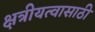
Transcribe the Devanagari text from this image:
क्षत्रीयत्वासाठी